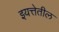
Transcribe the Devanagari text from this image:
इयत्तेतील